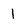
Character: 1